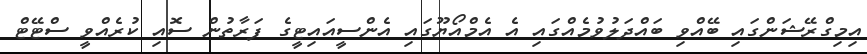
އިމިގްރޭޝަންގައި ބޭއްވި ބައްދަލުވުމެއްގައި އެ އެމްއޯޔޫގައި އެންސީއައިޓީގެ ފަރާތުން ސޮއި ކުރެއްވީ ސްޓޭޓް